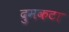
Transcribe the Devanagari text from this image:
दुमकटा